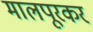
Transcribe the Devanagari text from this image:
मालपूरकर